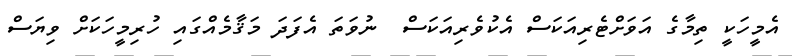
އެމީހަކީ ތިމާގެ އަވަށްޓެރިއަކަސް އެކުވެރިއަކަސް  ނުވަތަ އެފަދަ މަޤާމެއްގައި ހުރިމީހަކަށް ވިޔަސް